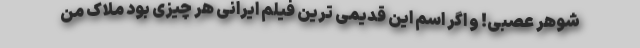
شوهر عصبی! و اگر اسم این قدیمی ترین فیلم ایرانی هر چیزی بود ملاک من